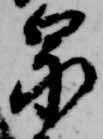
泉